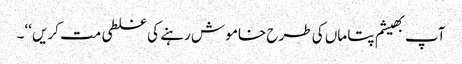
آپ بھیشم پتا ماں کی طرح خامو ش رہنے کی غلطی مت کریں ‘‘۔